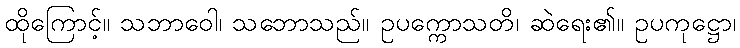
ထိုကြောင့်။ သဘာဝေါ၊ သဘောသည်။ ဥပက္ကောသတိ၊ ဆဲရေး၏။ ဥပကုဋ္ဌော၊